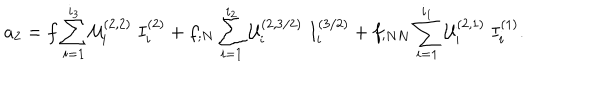
LaTeX: a _ { 2 } = f \sum _ { i = 1 } ^ { i _ { 3 } } { \cal U } _ { i } ^ { ( 2 , 2 ) } \; I _ { i } ^ { ( 2 ) } + f _ { ; N } \sum _ { i = 1 } ^ { i _ { 2 } } { \cal U } _ { i } ^ { ( 2 , 3 / 2 ) } \; I _ { i } ^ { ( 3 / 2 ) } + f _ { ; N N } \sum _ { i = 1 } ^ { i _ { 1 } } { \cal U } _ { i } ^ { ( 2 , 1 ) } \; I _ { i } ^ { ( 1 ) } .